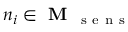
n _ { i } \in \textbf { M } _ { \mathrm { ~ s ~ e ~ n ~ s ~ } }